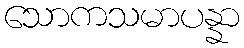
သောကသမာပန္နာ